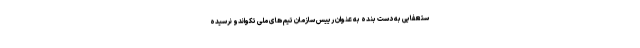
ستعفایی به دست بنده به عنوان رییس سازمان تیم های ملی تکواندو نرسیده